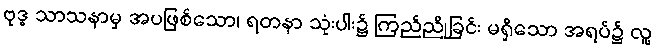
ဗုဒ္ဓ သာသနာမှ အပဖြစ်သော၊ ရတနာ သုံးပါး၌ ကြည်ညိုခြင်း မရှိသော အရပ်၌ လူ့